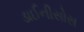
ડાઈનીસોસ